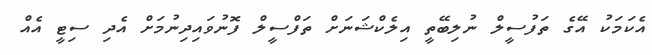
އެކަމަކު އޭގެ ތަފުސީލް ނުލިބޭތީ އިލެކްޝަނަށް ތަފްސީލް ފޮނުވައިދިނުމަށް އެދި ސިޓީ އެއް